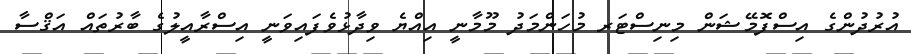
އުރުދުންގެ އިސްފޮމޭޝަން މިނިސްޓަރ މުހަންމަދު މޫމާނީ އިއްޔެ ވިދާޅުވެފައިވަނީ އިސްރާއީލުގެ ބާރުތައް އަޤްސާ